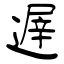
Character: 遟